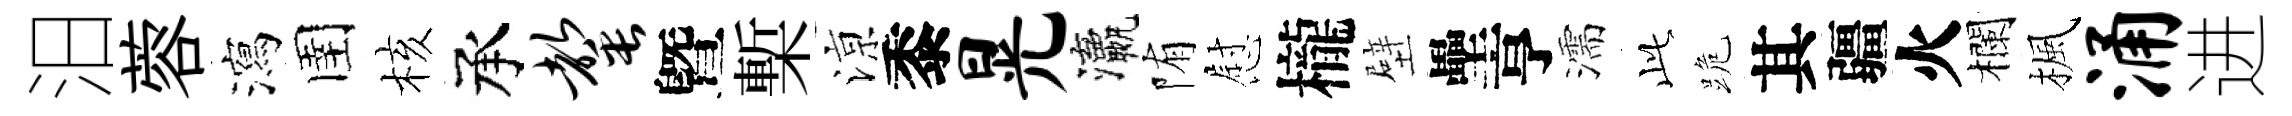
汨蓉瀉圉核承罄曁槧鿌黍晃瀛陏慰櫳壁壘亨濡𬼘跪其疆火欄楓涌进